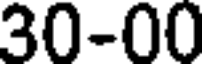
30-00